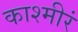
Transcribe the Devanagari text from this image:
काश्मीरं